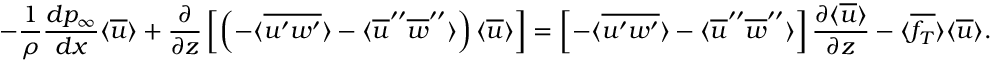
- \frac { 1 } { \rho } \frac { d p _ { \infty } } { d x } \langle \overline { { u } } \rangle + \frac { \partial } { \partial z } \left[ \left( - \langle \overline { { u ^ { \prime } w ^ { \prime } } } \rangle - \langle \overline { { u } } ^ { \prime \prime } \overline { { w } } ^ { \prime \prime } \rangle \right) \langle \overline { { u } } \rangle \right] = \left[ - \langle \overline { { u ^ { \prime } w ^ { \prime } } } \rangle - \langle \overline { { u } } ^ { \prime \prime } \overline { { w } } ^ { \prime \prime } \rangle \right] \frac { \partial \langle \overline { { u } } \rangle } { \partial z } - \langle \overline { { f _ { T } } } \rangle \langle \overline { { u } } \rangle .